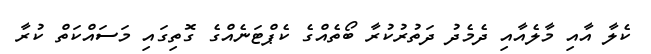
ކެލާ އާއި މާލެއާއި ދެމެދު ދަތުރުކުރާ ބޯތެއްގެ ކެޕްޓަނެއްގެ ގޮތިގައި މަސައްކަތް ކުރާ